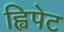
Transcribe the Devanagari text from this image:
ह्विपेट